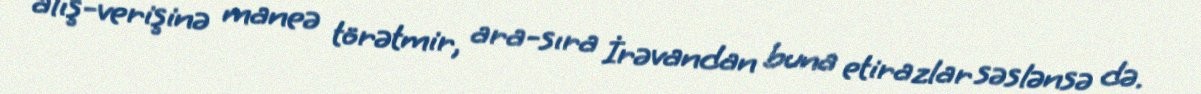
alış-verişinə maneə törətmir, ara-sıra İrəvandan buna etirazlar səslənsə də.